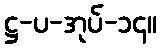
ဋ္ဌ-ပ-အုပ်-၁၄။